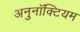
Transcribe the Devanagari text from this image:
अनुनॉक्टियम